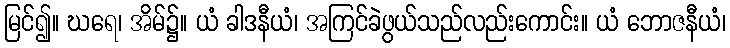
မြင်၍။ ဃရေ၊ အိမ်၌။ ယံ ခါဒနီယံ၊ အကြင်ခဲဖွယ်သည်လည်းကောင်း။ ယံ ဘောဇနီယံ၊